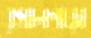
রসালপাড়া